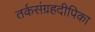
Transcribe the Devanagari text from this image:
तर्कसंग्रहदीपिका